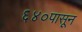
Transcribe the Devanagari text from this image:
६४०पासून